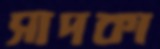
সাদকা